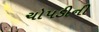
ચોપડીની